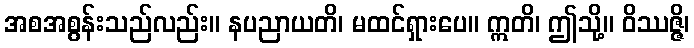
အစအစွန်းသည်လည်း။ နပညာယတိ၊ မထင်ရှားပေ။ ဣတိ၊ ဤသို့။ ဝိဿဇ္ဇိ၊